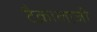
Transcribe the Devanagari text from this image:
टैक्नालाजी